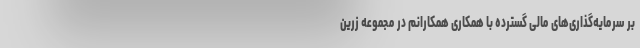
بر سرمایه‌گذاری‌های مالی گسترده با همکاری همکارانم در مجموعه زرین